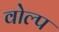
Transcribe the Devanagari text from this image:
वोल्प